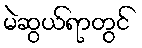
မဲဆွယ်ရာတွင်